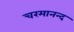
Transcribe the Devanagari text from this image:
चरमानन्द